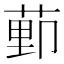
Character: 𫈩